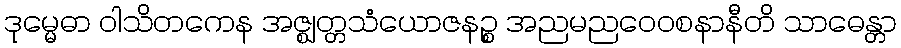
ဒုမ္မေဓာ ဝါသိတကေန အဇ္ဈတ္တသံယောဇနဉ္စ အညမညဝေဝစနာနီတိ သာဓေန္တာ